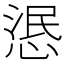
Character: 𢛣